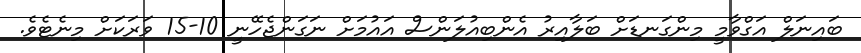
ބައިނަލް އަގްވާމީ މިންގަނޑަށް ބަލާއިރު އެންބިއުލަންސް އައުމަށް ނަގަންޖެހޭނީ 10-15 ވަރަކަށް މިނެޓެވެ.